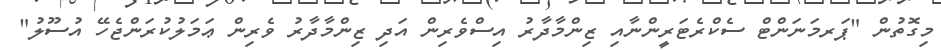
މިގޮތުން "ޕަރމަނަންޓް ސެކްރެޓަރީންނާއި ޒިންމާދާރު އިސްވެރިން އަދި ޒިންމާދާރު ވެރިން ޢަމަލުކުރަންޖެހޭ އުސޫލު"